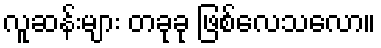
လူဆန်းများ တခုခု ဖြစ်လေသလော။